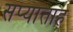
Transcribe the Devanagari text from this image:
सप्याताह